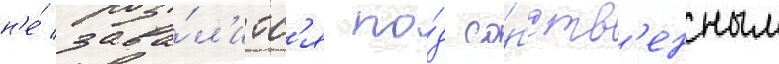
н'е́ зава́л'итс'я по́д со́бств'енным